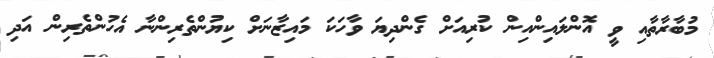
މުބާރާތާއި ވީ އޮންލައިންއިން ކުރިއަށް ގެންދިޔަ ވާހަކަ މައިޒާނަށް ކިޔުންތެރިންނާ އެހުންތެރިން އަދި